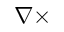
\nabla \times